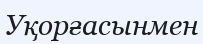
Уқорғасынмен